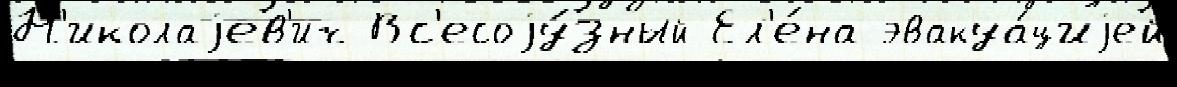
Н'иколаjев'ич Вс'есоjу́зный Ел'е́на эвакуа́циjей